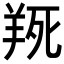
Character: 𦎄